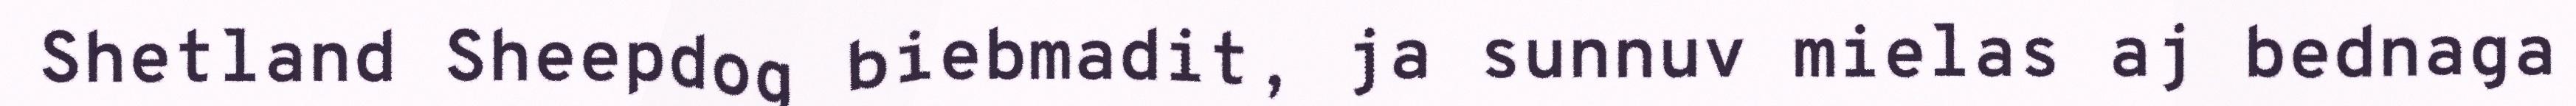
Shetland Sheepdog biebmadit, ja sunnuv mielas aj bednaga